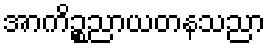
အာကိဉ္စညာယတနသညာ